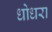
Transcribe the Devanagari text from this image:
धोधरा